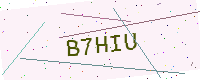
Text: B7HIU